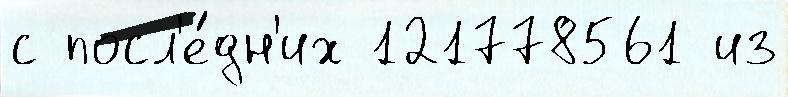
с посл'е́дн'их 121778561 из